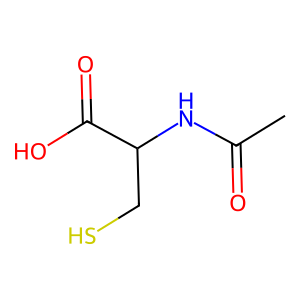
SMILES: CC(=O)NC(CS)C(=O)O
Inhibits HIV replication: No